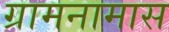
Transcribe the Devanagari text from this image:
ग्रामनामास